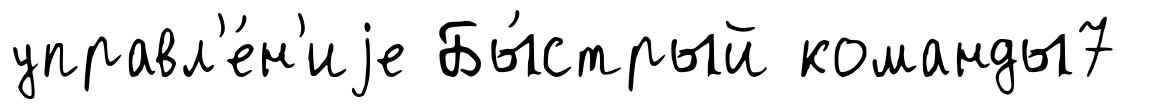
управл'е́н'иjе Бы́стрый команды7